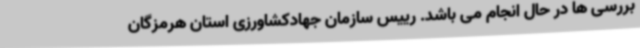
بررسی ها در حال انجام می باشد. رییس سازمان جهادکشاورزی استان هرمزگان